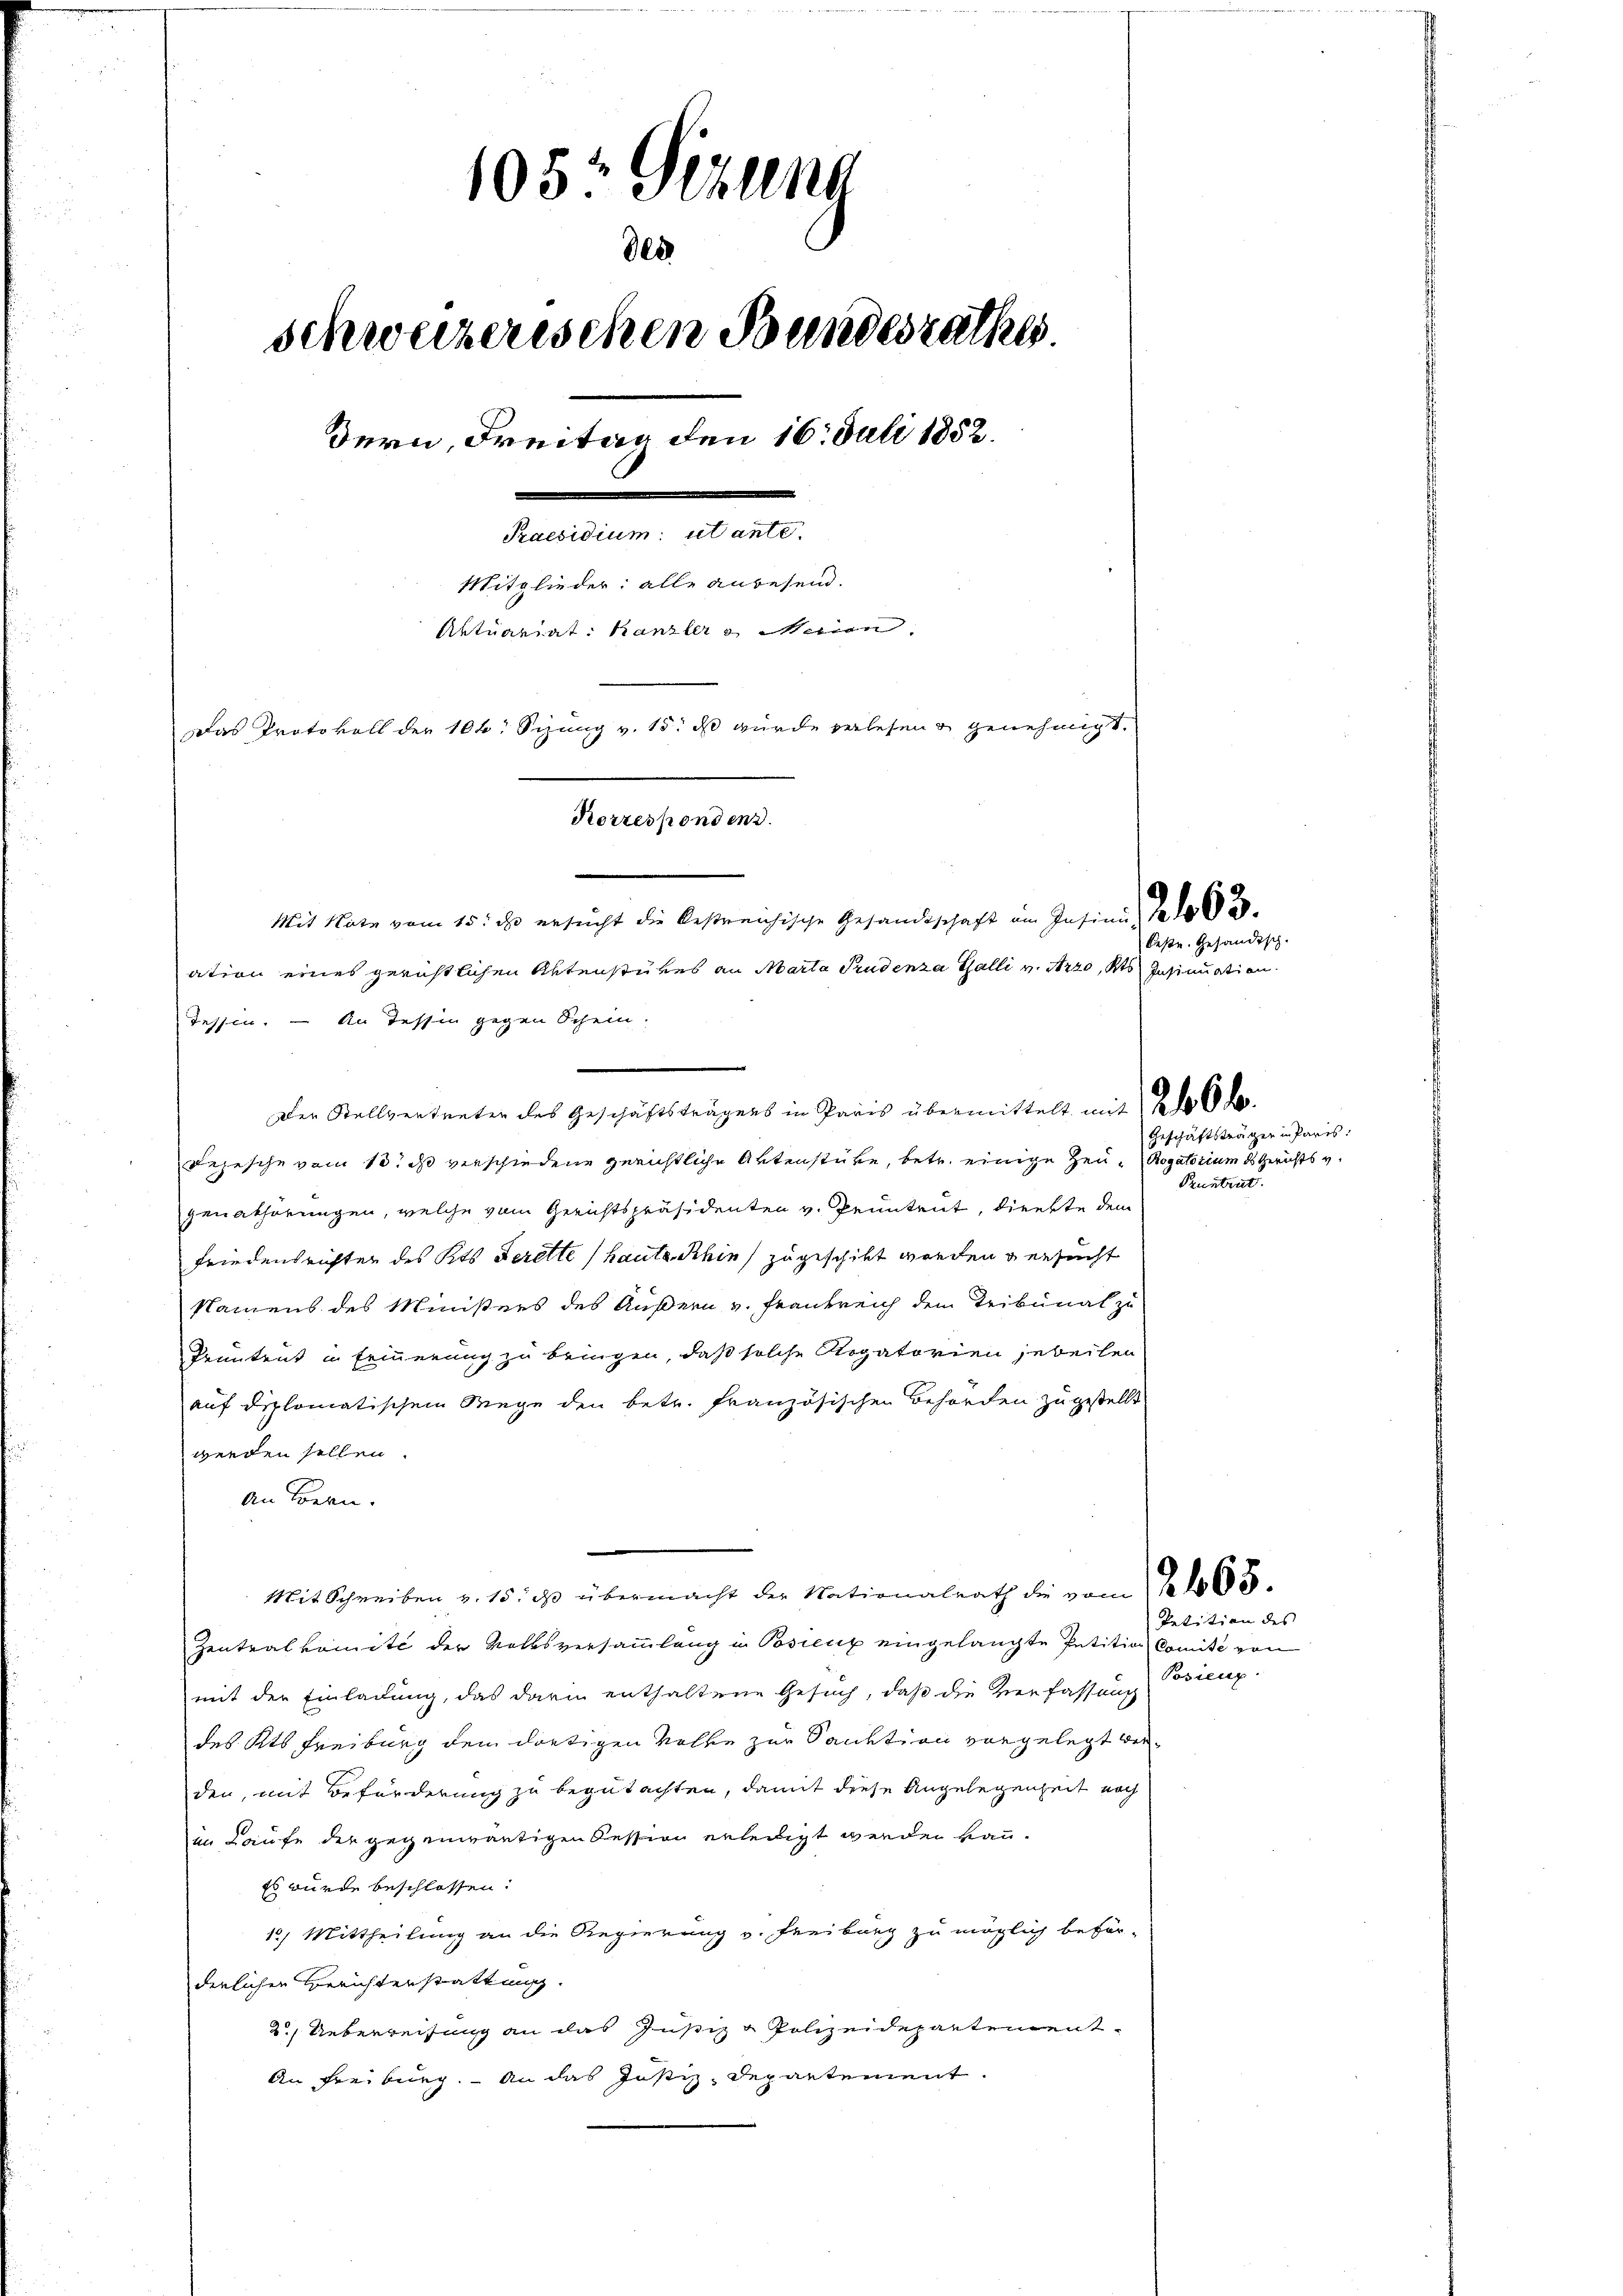
105: Gizlena
des
schweizerischen Bundesrathes.
Bern, Freitag den 16. Juli 1852.
e
Praesidium ut ante.
Mitglieder: alle anwesend.
Aktuariat: Kanzler u Marien
Das Protokoll der 106: Sizung v. 15. ds wurde verlesen & genehmigt.
Korrespondend.
Mit Note vom 15. ds. ersucht die bestreichische Gesandtschaft am Insinn, das B
ation eines gerichtlichen Aktenstükes an Marta Prudenza Galli v. Azzo, als Insinuation

Tessin. — An Tessin gegen Schein.
Der Stellvertreten des Geschäftsträgens in Paris übermittelt mit 2 do 6. d.
Dejesche vom 10. ds verschiedene gerichtliche Aktenstücke, betr. einige Zeu- Rogatorium d Gerichts v.
genabhörungen, welche vom Gerichtspräsidenten v. Pruntrut, direkte dem
Friedensrichten des Kts Gerette (haute Khin zugeschikt worden versucht
Namens des Ministers des Äußern v. Frankreich dem Tribunal zu
Pruntrut in Erinnerung zu bringen, daß solche Rogatorien jeweilen
auf diplomatischem Wege den betr. Französischen Behörden zugestellt
werden sollen.
An Bern.
Mit Schreiben v. 15. ds übermacht der Nationalrath die vom 1405.
Zentralkomité der Volksversammlung in Postenz eingelangte Petition Comité von
mit der Einladung, das darin enthaltene Gesuch, daß die Verfassung
des Kts Freiburg dem dortigen Volke zur Sanktion vorgelegt werden, mit Beförderung zu begutachten, damit diese Angelegenheit noch
im Laufe der gegenwärtigen Cession erledigt werden kann.
Es wurde beschlossen:
1) Mittheilung an die Regierung v. Freiburg zu möglich beför-
derlichen Berichterstattung.
2. Ueberreisung an das Justiz & Polizeidepartement
An Freiburg. An das Justiz-Departement.

beste. Gesandtsch.

Geschäftsträger in Paris.

Pruntrut

Petition des |
Posienp